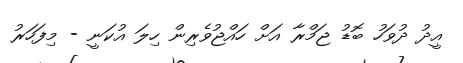
އީދު ދުވަހު ބޮޑު ޖަމްރާ އަށް ހައްޖުވެރިން ހިލަ އުކަނީ - މިފަހަރު